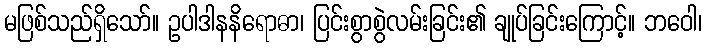
မဖြစ်သည်ရှိသော်။ ဥပါဒါနနိရောဓာ၊ ပြင်းစွာစွဲလမ်းခြင်း၏ ချုပ်ခြင်းကြောင့်။ ဘဝေါ၊